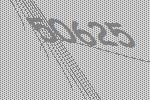
50625